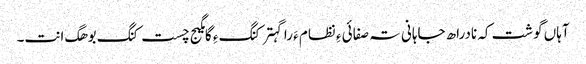
آہاں گوشت کہ نادراھ جاہانی تہ صفائی ءِ نظام ءَ را گہتر کنگ ءِ گامگیج چست کنگ بوھگ انت۔